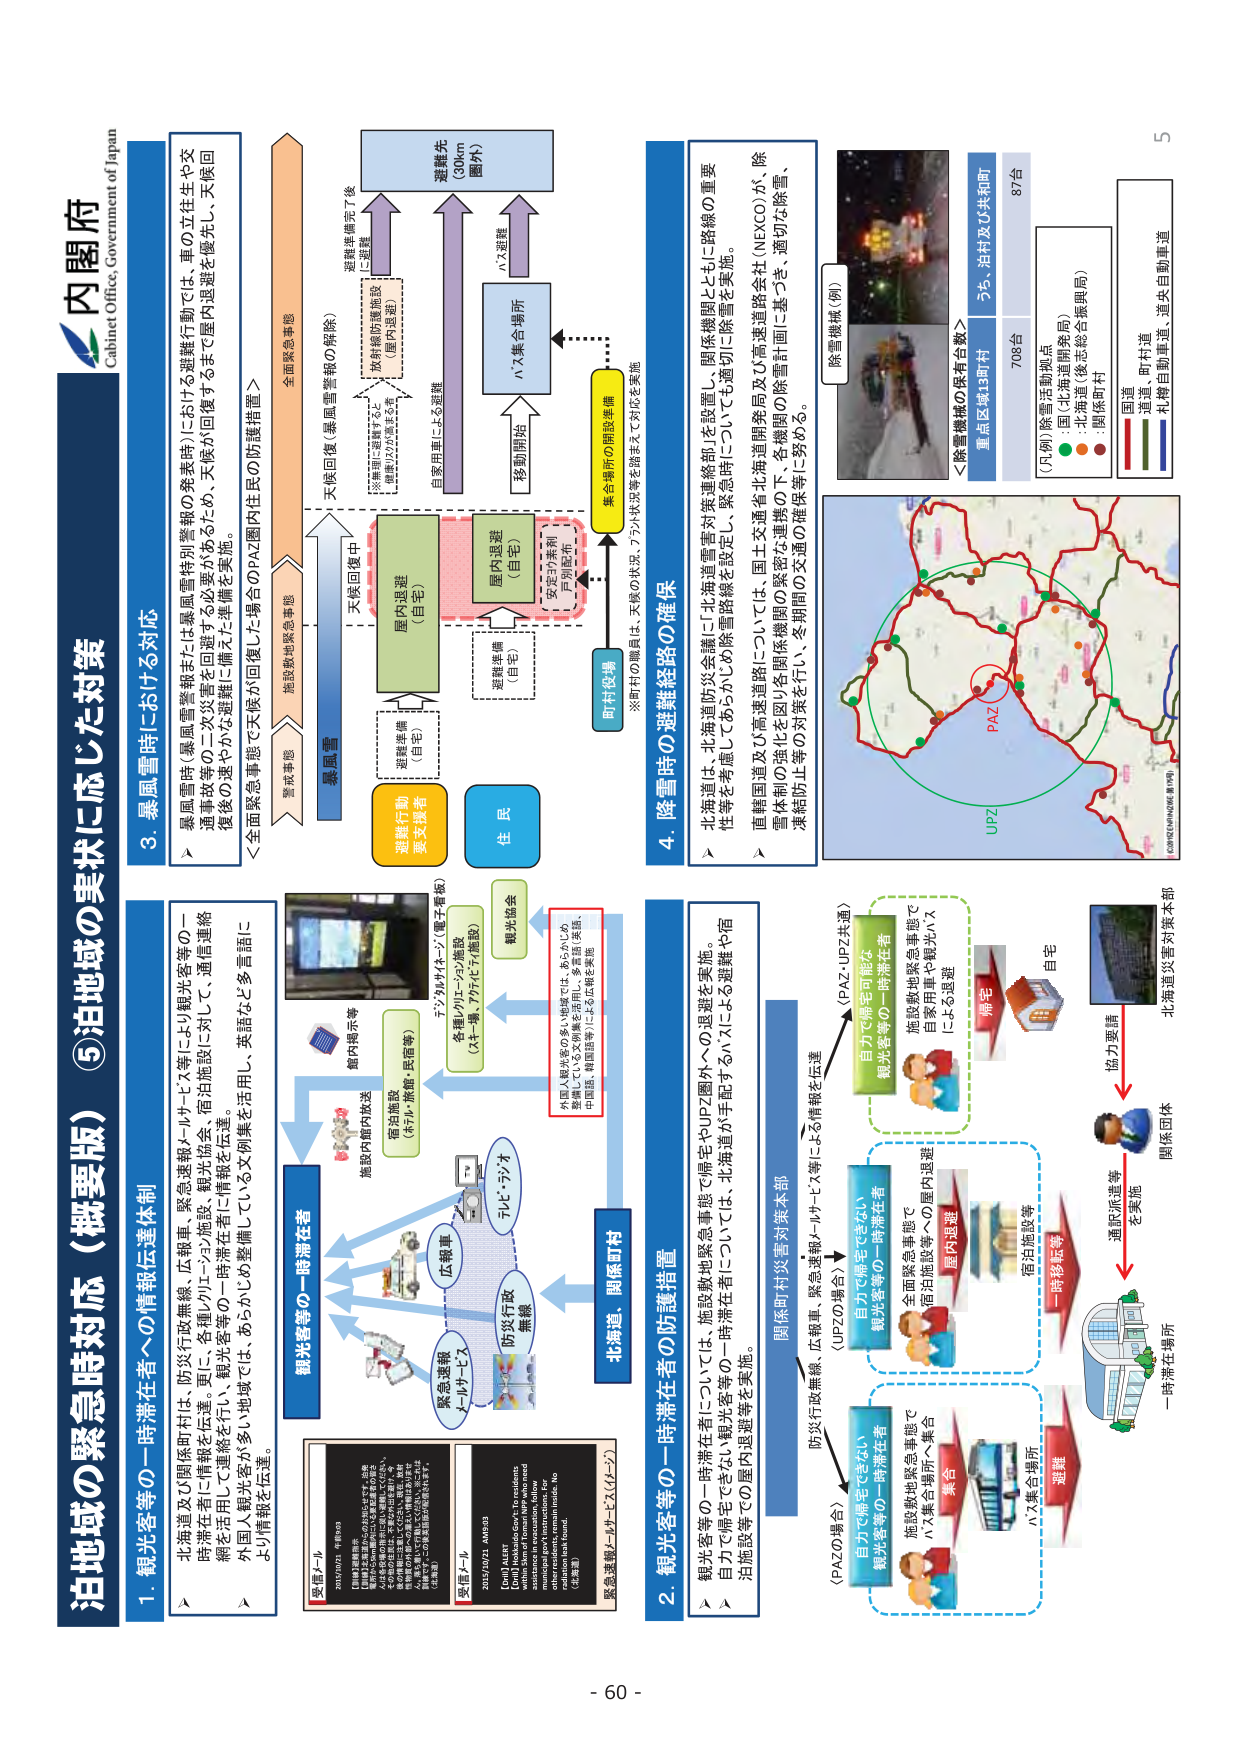
内閣府
Cabinet Office, Government of Japan

泊地域の緊急時対応（概要版）⑤

1. 観光客等の一時滞在者への情報伝達体制
▶ 北海道及び関係町村は、防災行政無線、広報車、緊急連絡メールサービス等により観光客等の一時滞在者に情報を伝達。更に、各種のリリースや施設、観光協会、宿泊施設に対して、通信連絡網を活用して連絡を行い、観光客等の一時滞在者に情報を伝達。
▶ 外国人観光客が多い地域では、あらかじめ文例集を活用し、英語など多言語により情報を伝達。

施設内情報放送
宿泊施設（ホテル・旅館・民宿等）
テレビ・ラジオ
防災行政無線
緊急連絡メールサービス
北道、関係町村

緊急連絡メールサービス（スイッチン）
[受信メール]
2021/02/21 AM 8:03
【避難情報】
北海道では、2021年2月21日（日）に、北海道全域で大雪が予想されています。
観光客等の一時滞在者には、安全確保のため、宿泊施設等で屋内退避を呼びかけます。
また、緊急連絡メールサービスを通じて、避難情報の伝達を行います。
（北海道）

[受信メール]
2021/02/21 AM 8:03
[Only] Alert
[Only] Hokkaido Gov't Residents
Due to heavy snowfall, we recommend
evacuation to safe places. Follow
instructions from local authorities. No
relief work is found.
（北海道）

外国人観光客が多い地域では、あらかじめ
英語している文例集を活用し、多言語（英語、
中国語、韓国語等）による広報を実施

2. 観光客等の一時滞在者の防護措置
▶ 観光客等の一時滞在者については、施設敷地緊急事態で帰宅やUPZ圏外への退避を実施。
▶ 自力で帰宅できない観光客等の一時滞在者がいる場合は、北海道が主導するか、スイッチンを運転や宿泊施設等での屋内退避等を実施。

関係町村災害対策本部
防災行政無線、広報車、緊急連絡メールサービス等による情報を伝達

（UPZの場合）
自力で帰宅できない
観光客等の一時滞在者
施設敷地緊急事態で
全面緊急事態で
宿泊施設等への屋内退避
屋内退避

（PAZの場合）
自力で帰宅できない
観光客等の一時滞在者
施設敷地緊急事態で
ハズ集合場所へ集合
集合

協力要請
関係団体
一時滞在場所
通訳派遣等
を実施

3. 暴風雪時における対応
▶ 暴風雪時（暴風雪警報または暴風雪特別警報の発表時）における避難行動では、車の立ち往生や交通事故等の二次災害を回避する必要があるため、天候が回復するまで屋内退避を優先し、天候回復後の安全やかな避難に備えた準備を実施。
＜全面緊急事態で天候が回復した場合のPAZ圏内住民の防護措置＞

警戒情報
暴風雪
施設敷地緊急事態
全面緊急事態

天候回復（暴風雪警報の解除）
避難準備完了後
に避難

屋内退避（自宅）
避難準備（自宅）
避難行動
要支援者

屋内退避（自宅）
避難準備（自宅）
移動開始
ハズ集合場所
ハズ避難

※車両に避難すると、
倒壊リスクが高まる等

自家用車による避難
※町村の職員は、天候の状況、フラット状況等を踏まえて対応を実施

町村役場
集合場所の開設準備

4. 降雪時の避難経路の確保
▶ 北海道は、北海道防災会議で「北海道雪害対策連絡部」を設置し、関係機関とともに路線の重要性等を考慮してあらかじめ除雪路線を設定し、緊急時についても適切に除雪を実施。
▶ 直轄国道及び高速道路については、国土交通省北海道開発局及び高速道路会社（NEXCO）が、除雪体制の強化を図り各関係機関の緊密な連携の下、各機関の除雪計画に基づき、適切に除雪、凍結防止等の対策を行い、冬期間の交通の確保等に努める。

除雪機械（例）
＜除雪機械の保有台数＞
重点区域13町村
708台
うち、泊町及び共和町
87台

（凡例）除雪活動拠点
：町（北海道開発局）
：北海道（後方総合振興局）
：関係町村

国道
県道・町村道
札樽自動車道・道央自動車道

PAZ
UPZ

- 60 -
5